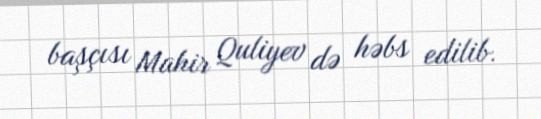
başçısı Mahir Quliyev də həbs edilib.